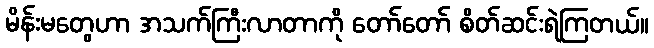
မိန်းမတွေဟာ အသက်ကြီးလာတာကို တော်တော် စိတ်ဆင်းရဲကြတယ်။